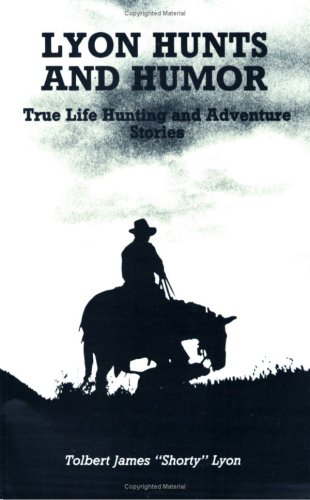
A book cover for Lyon Hunts and Humor: True Life Hunting and Adventure Stories; Tolbert James Lyon; Humor & Entertainment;